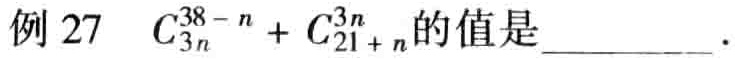
例 27 \(C_{3n}^{38 - n} + C_{21 + n}^{3n}\)的值是__________.